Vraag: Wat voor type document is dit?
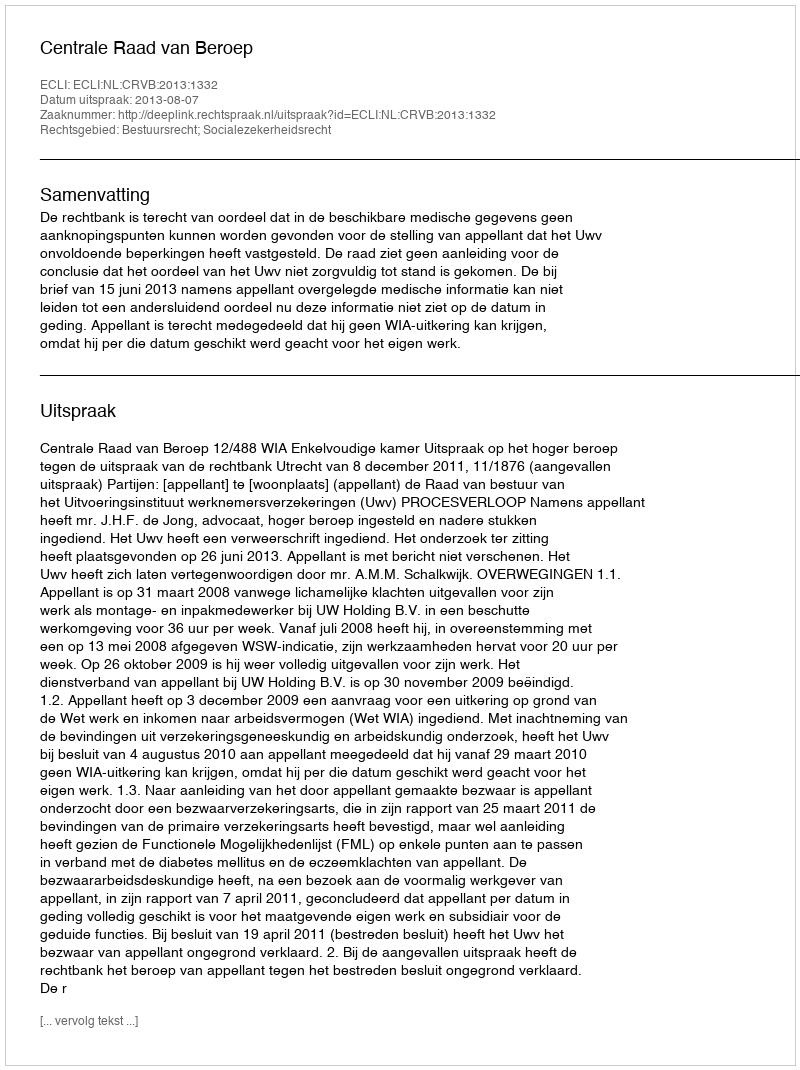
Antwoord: Uitspraak